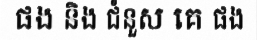
ផង និង ជំនួស គេ ផង